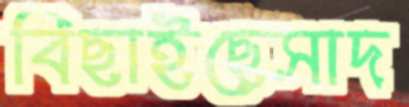
বিছাইছেসাদ